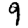
Digit: 9